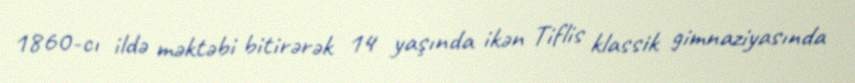
1860-cı ildə məktəbi bitirərək 14 yaşında ikən Tiflis klassik gimnaziyasında